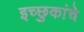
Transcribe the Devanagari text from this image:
इच्छुकांचे